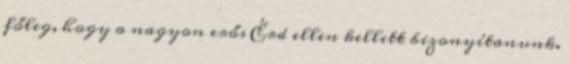
főleg, hogy a nagyon erős Érd ellen kellett bizonyítanunk.